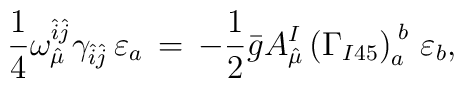
\frac{1}{4}\omega_{\hat{\mu}}^{\hat{i}\hat{j}}\gamma_{\hat{i}\hat{j}}\, \varepsilon_a\,=\,-\frac{1}{2}\bar{g}A_{\hat{\mu}}^{I}\left(\Gamma_{I45}\right)_a^{\;b}\, \varepsilon_b,